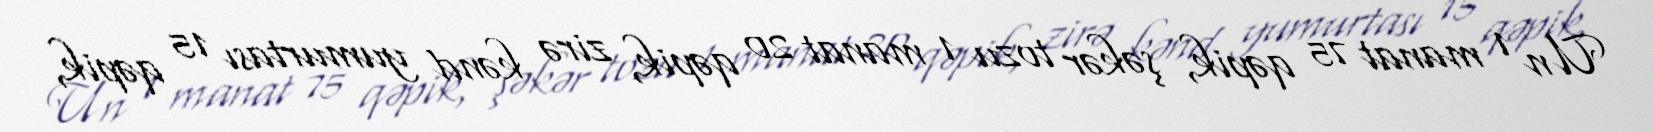
Un 1 manat 75 qəpik, şəkər tozu 1 manat 20 qəpik, zirə kənd yumurtası 15 qəpik,